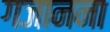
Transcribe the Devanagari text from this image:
गजानना